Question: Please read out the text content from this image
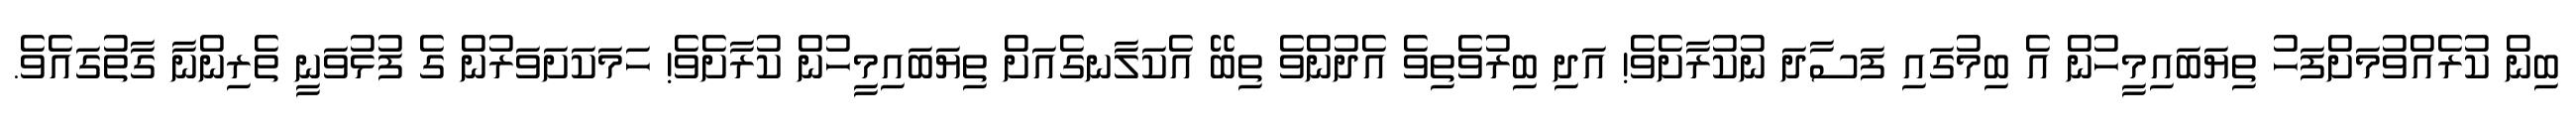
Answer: ބިން ކުރެއްވުމަށްފަހު ތިޔަބައިމީހުން އެ ބިމުގައި ފަސާދަ ނުކުރާށެވެ! އަދި ބިރުވެތިވެ އެދުންވެ ތިބޭ އެކަލާނގެއަށް ތިޔަބައިމީހުން ކުރާށެވެ! ހަމަކަށަވަރުން ގެ ފުޅުވަނީ ތެރިންނާ ގާތުގައެވެ.